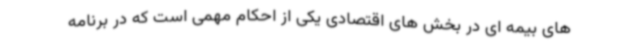
های بیمه ای در بخش های اقتصادی یکی از احکام مهمی است که در برنامه